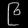
Digit: ၉